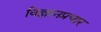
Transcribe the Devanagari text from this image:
विज्ञानप्रचार